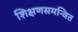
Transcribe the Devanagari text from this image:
शिक्षणसमन्वित